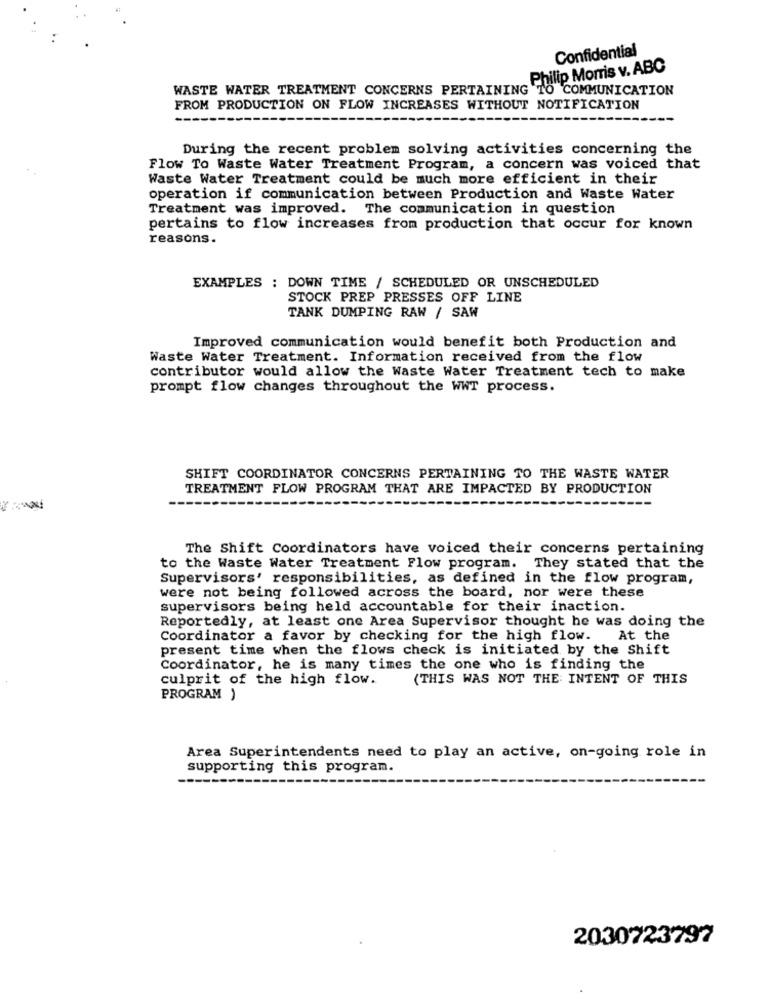
Confidential
Philip Morris v. ABC
WASTE WATER TREATMENT CONCERNS PERTAINING TO COMMUNICATION
FROM PRODUCTION ON FLOW INCREASES WITHOUT NOTIFICATION
During the recent problem solving activities concerning the
Flow To Waste Water Treatment Program, a concern was voiced that
Waste Water Treatment could be much more efficient in their
operation if communication between Production and Waste Water
Treatment was improved. The communication in question
pertains to flow increases from production that occur for known
reasons.
EXAMPLES : DOWN TIME / SCHEDULED OR UNSCHEDULED
STOCK PREP PRESSES OFF LINE
TANK DUMPING RAW / SAW
Improved communication would benefit both Production and
Waste Water Treatment. Information received from the flow
contributor would allow the Waste Water Treatment tech to make
prompt flow changes throughout the WWT process.
SHIFT COORDINATOR CONCERNS PERTAINING TO THE WASTE WATER
TREATMENT FLOW PROGRAM THAT ARE IMPACTED BY PRODUCTION
The Shift Coordinators have voiced their concerns pertaining
to the Waste Water Treatment Flow program. They stated that the
Supervisors' responsibilities, as defined in the flow program,
were not being followed across the board, nor were these
supervisors being held accountable for their inaction.
Reportedly, at least one Area Supervisor thought he was doing the
Coordinator a favor by checking for the high flow.
At the
present time when the flows check is initiated by the Shift
Coordinator, he is many times the one who is finding the
culprit of the high flow.
(THIS WAS NOT THE INTENT OF THIS
PROGRAM )
Area Superintendents need to play an active, on-going role in
supporting this program.
2030723797